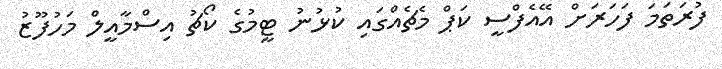
ފުރަތަމަ ފަހަރަށް އޭއެފްސީ ކަޕް މެޗެއްގައި ކުޅުނު ޓީމުގެ ކޯޗު އިސްމާއީލް މަހުފޫޒު